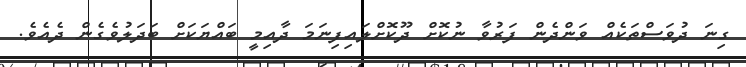
ގިނަ ދުވަސްތަކެއް ވަންދެން ފަރުވާ ނުކޮށް ދޫކޮށްލައިފިނަމަ ދާއިމީ ބައްޔަކަށް ބަދަލުވެގެން ދެއެވެ.